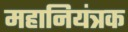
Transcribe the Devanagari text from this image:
महानियंत्रक